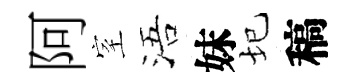
阿室浯妹圮稿